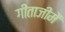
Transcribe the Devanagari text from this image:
गीताजीमें